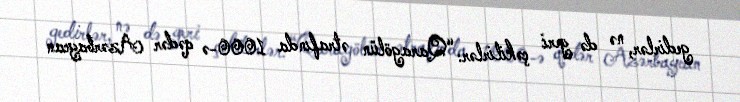
gedirlər, nə də geri çəkilirlər: “Qaragölün ətrafında 1000-ə qədər Azərbaycan